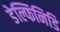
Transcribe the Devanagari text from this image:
डेल्फिनिडि